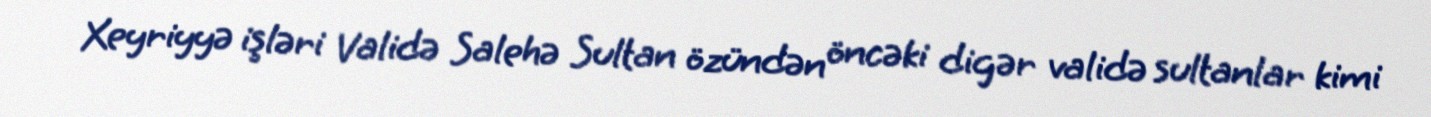
Xeyriyyə işləri Validə Salehə Sultan özündən öncəki digər validə sultanlar kimi